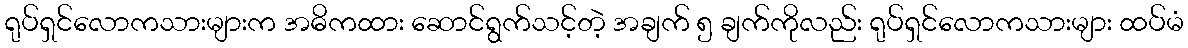
ရုပ်ရှင်လောကသားများက အဓိကထား ဆောင်ရွက်သင့်တဲ့ အချက် ၅ ချက်ကိုလည်း ရုပ်ရှင်လောကသားများ ထပ်မံ